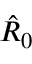
\hat { R } _ { 0 }